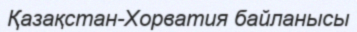
Қазақстан-Хорватия байланысы